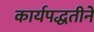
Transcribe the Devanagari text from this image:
कार्यपद्धतीने